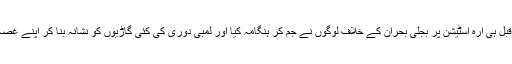
ابھی چند روز قبل ہی آرہ اسٹیشن پر بجلی بحران کے خلاف لوگوں نے جم کر ہنگامہ کیا اور لمبی دوری کی کئی گاڑیوں کو نشانہ بنا کر اپنے غصہ کا اظہار کیا۔